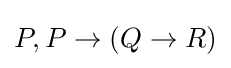
P,P\rightarrow (Q\rightarrow R)